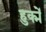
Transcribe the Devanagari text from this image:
हुक्में